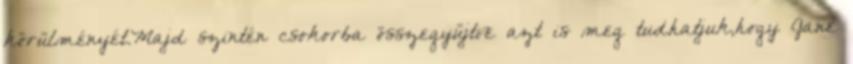
körülményét.Majd szintén csokorba összegyűjtve azt is meg tudhatjuk,hogy Jane